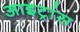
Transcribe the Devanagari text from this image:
आइट्रांस